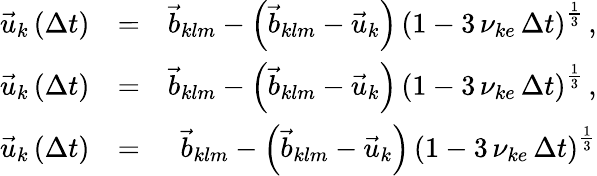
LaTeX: \begin{array}{rlr}{\vec{u}_{k}\left(\Delta t\right)}&{=}&{\vec{b}_{klm}-\left(\vec{b}_{klm}-\vec{u}_{k}\right)\, \left(1-3\, \nu_{ke}\, \Delta t\right)^{\frac{1}{3}}\, ,}\\ {\vec{u}_{k}\left(\Delta t\right)}&{=}&{\vec{b}_{klm}-\left(\vec{b}_{klm}-\vec{u}_{k}\right)\, \left(1-3\, \nu_{ke}\, \Delta t\right)^{\frac{1}{3}}\, ,}\\ {\vec{u}_{k}\left(\Delta t\right)}&{=}&{\vec{b}_{klm}-\left(\vec{b}_{klm}-\vec{u}_{k}\right)\, \left(1-3\, \nu_{ke}\, \Delta t\right)^{\frac{1}{3}}}\end{array}